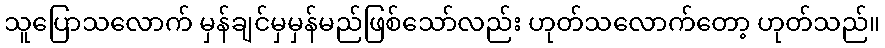
သူပြောသလောက် မှန်ချင်မှမှန်မည်ဖြစ်သော်လည်း ဟုတ်သလောက်တော့ ဟုတ်သည်။